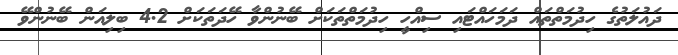
ދައުލަތުގެ ހިދުމަތްތައް ދަމަހައްޓައި ސިއްހީ ހިދުމަތްތަކަށް ބޭނުންވާ ހޭދަތަކަށް 4.2 ބިލިއަން ބޭނުންވޭ